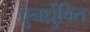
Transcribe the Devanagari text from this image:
पुनर्ध्रुवित